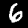
Digit: 6